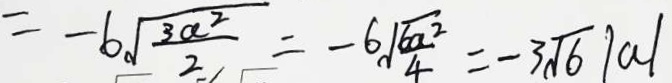
= - 6 \sqrt { \frac { 3 \alpha ^ { 2 } } { 2 } } = - 6 \sqrt { \frac { 6 a ^ { 2 } } { 4 } } = - 3 \sqrt { 6 } \vert a \vert